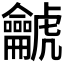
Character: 𪛌